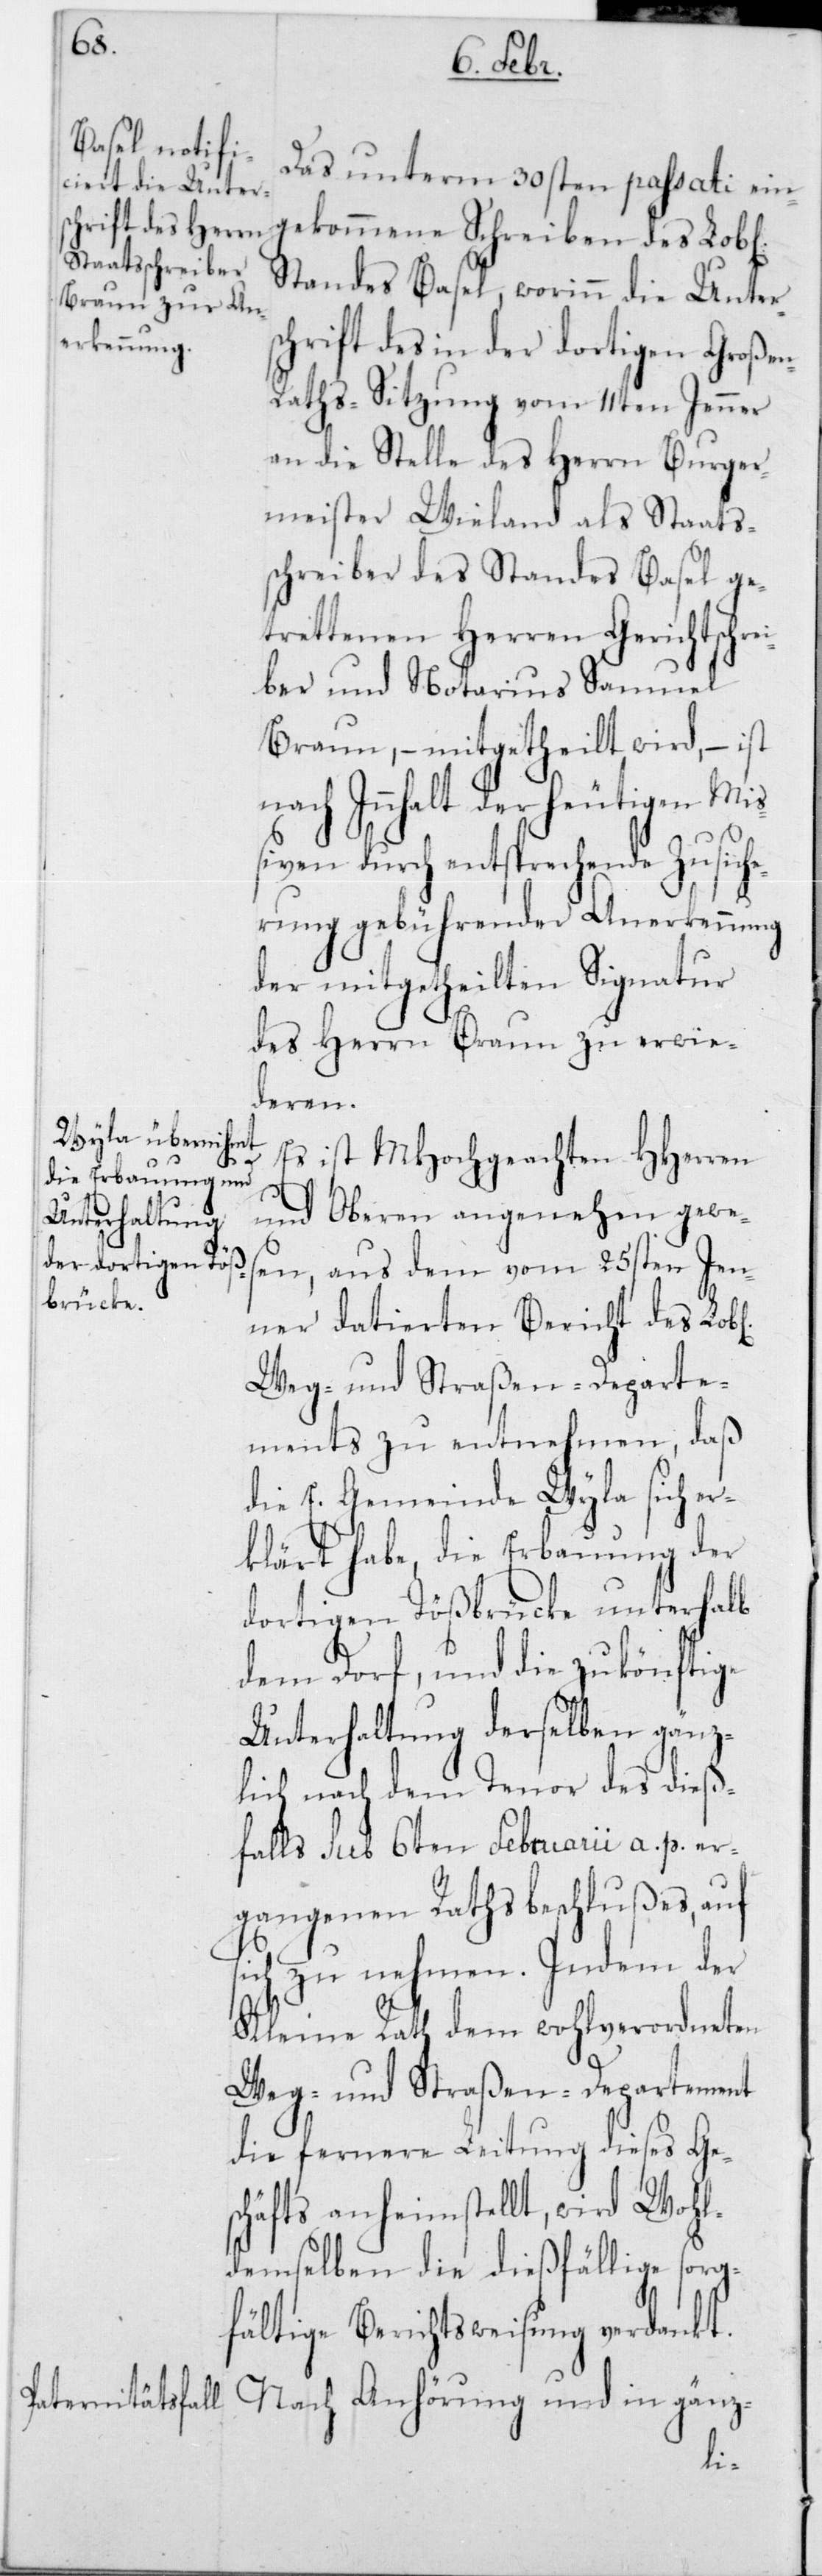
Das unterm 30sten passati ein¬
gekommene Schreiben des Lobl.
Standes Basel, worinn die Unter¬
schrift des in der dortigen Große¬
n-Raths-Sitzung vom 11ten Jenner
an die Stelle des Herrn Burger¬
meister Wieland als Staats¬
schreiber des Standes Basel ge¬
trettenen Herren Gerichtschre¬
iber und Notarius Samuel
Braun, – mitgetheilt wird, – ist
nach Innhalt der heutigen Mi¬
ßiven durch entsprechende Zusich¬
erung gebührender Anerkennung
der mitgetheilten Signatur
des Herrn Braun zu erwi¬
deren.
Es ist MHochgeachten HHerren
und Oberen angenehm gewes¬
en, aus dem vom 25sten Jen¬
ner datierten Bericht des Lobl.
Weg- und Straßen -Departe¬
ments zu entnehmen, daß
die E. Gemeinde Wyla sich er¬
klärt habe, die Erbauung der
dortigen Tößbrücke unterhalb
dem Dorf, und die zukönftige
Unterhaltung derselben gänz¬
lich nach dem Tenor des dieß¬
falls sub 6ten Februarii a. p. er¬
gangenen Rathsbeschlußes, auf
ch zu nehmen. Indem der
Kleine Rath dem wohlverordneten
Weg- und Straßen-Departement
die fernere Leitung dieses Ge¬
schäfts anheimstellt, wird Wohl¬
demselben die dießfällige sorg¬
fältige Berichtsweisung verdankt.
Nach Anhörung und in gänz-
si¬